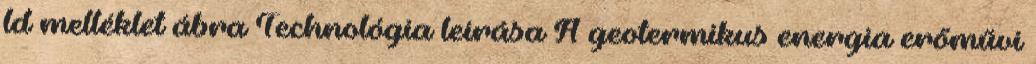
ld melléklet ábra Technológia leírása A geotermikus energia erőművi